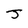
Character: J